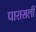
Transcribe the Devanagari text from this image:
पारासली